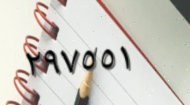
٢٩٧٥٥١